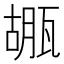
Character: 𤭱